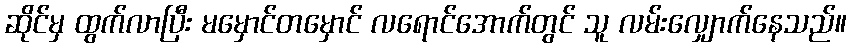
ဆိုင်မှ ထွက်လာပြီး မမှောင်တမှောင် လရောင်အောက်တွင် သူ လမ်းလျှောက်နေသည်။